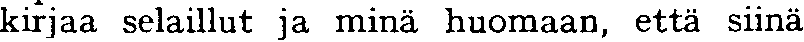
kirjaa selaillut ja minä huomaan, että siinä